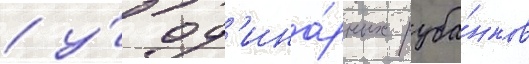
/ у́ од'ина́рных руба́нков